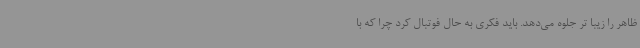
ظاهر را زیبا تر جلوه می‌دهد. باید فکری به حال فوتبال کرد چرا که با